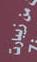
من زيبارت